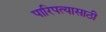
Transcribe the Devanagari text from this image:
पारिपत्यासाठी